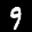
Label: 9